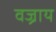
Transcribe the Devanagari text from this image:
वज्राय